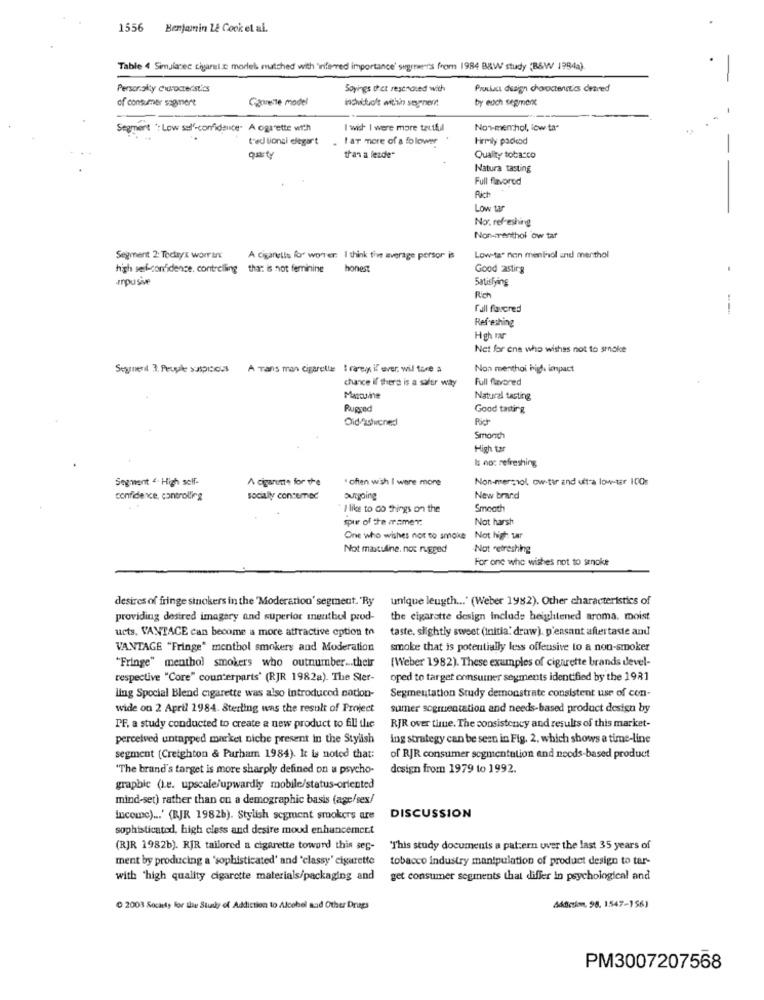
1556 Benjamin L& Cook et al.
Table 4 Simulacec cigaret.c model matched with inferred importance' sugeers from 1984 B&W study (B&W 1994a).
Personally cirocteristics
Soyings thet reschdied with
Pruckact design choroctenit'es detved
of consumer sagmert
Garnele model
inchittick within seyrnent
by euch segment
Segment ': Low sel'-confidence. A ogs'ette with
I wish I were more tactful
Non-menthol, low ta-
ted tionci elegart
I ar more of a folower
Firmly packend
-
quity
than a leade"
Quality tobacco
Natura tasting
Full flavored
Low tar
No: refreshing
Non-menthol ow tar
Segment 2: Tectrys worrux
A Cigarelle for womrer: I think fim average person is
Low-tar nan mentol and menthol
high self-confidence. controlling that is not feminine
honest
Good astirg
enpusive
Satisfying
Rich
full flavored
--
Refreshing
Hgh mar
Net for ene who wishss not to smoke
Seguerd 3 People suspicious
A Tans man cigarette I rare il ever. wil tore a
Non menthoi high impact
chance if there is a safer way
Full flavored
Marcaine
Natural tasting
Rugged
Good tasting
Pich
Smonth
High tar
Is no: refreshing
Segment 4 High self-
A cigarette for the
" often wish I were more
Non-merssol, ow-tir and ultra low-ter ICOs
confidence, controlling
sociallyy concemac
outgoing
New brand
I like to Go things on the
Smooth
spuer of the aramer:
Not harsh
One who wishes not to smoke Not high tar
Not masculine. not rugged
Not refreshing
For one who wishes not to smoke
desires of fringe sinokers in the 'Moderation' segment. "Ry
unique leugth ... " (Weber 1982). Other characteristics of
providing desired imagery and superior mentbul prod-
the cigarette design Include heightened aroma, moist
ucts. VANTACE can become a more attractive option to
taste, slightly sweet (initia. draw). p'ensant aftertaste and
VANTAGE "Fringe" menthol smokers and Moderation
smoke that is potentially less offensive to a non-smoker
(Weber 1982). These examples of cigarette brands devel-
"Fringe" menthol smokers who outnumber ... their
respective "Core" counterparts' (RJR 1982a). The Ster-
oped to target consumer segments identified by the 1981
Segmentation Study demonstrate consistent use of con-
ling Spocial Blend cigarette was also introduced cation-
wide on 2 April 1984. Sterling was the result of Project
sumer sogruentation and needs-based product design by
PF. a study conducted to create a new product to fill the
RJR over time. The consistency and results of this market-
perceived untapped market niche present in the Stylish
ing strategy can be seen in Fig. 2. which shows a time-line
segment (Creighton & Parham 1984). It is noted that:
of RJR consumer segmentation and noods-based product
"The brand's target is more sharply defined on a psycho-
design from 1979 to 1992.
graphic (L.e. upscale/upwardly mobile/status-oriented
mind-set) rather than on a demographic basis (age/sex/
Income) ... ' (RJR 1982b). Stylish segment smokers are
DISCUSSION
sophisticated, high class and desire moud enhancement
(RJR 1982b). RJR tailored a cigarette toword this seg-
"This study documents a pattern over the last 35 years of
ment by producing a 'sophisticated' and 'classy' cigarette
tobacco industry manipulation of product design to tar-
with 'high quality cigarette materials/packaging and
get consumer segments that differ in psychological and
2003 Society for the Study of Addiction to Alcobel sud Other Draps
Addiction, 98. 1547-156)
PM3007207568